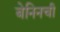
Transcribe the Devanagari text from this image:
बेनिनची